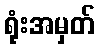
ရုံးအမှတ်